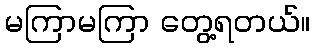
မကြာမကြာ တွေ့ရတယ်။